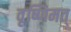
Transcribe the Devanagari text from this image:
वृष्णिमत्